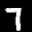
Label: 7